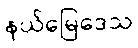
နယ်မြေဒေသ